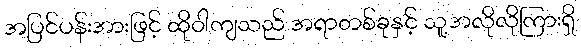
အပြင်ပန်းအားဖြင့် ထိုဝါကျသည် အရာတစ်ခုနှင့် သူ့အလိုလိုကြားရှိ